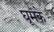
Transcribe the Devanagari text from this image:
घूमके